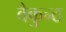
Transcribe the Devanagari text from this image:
वैकुन्ठ